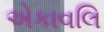
એકાવલિ